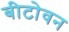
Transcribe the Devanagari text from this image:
बीटोवन